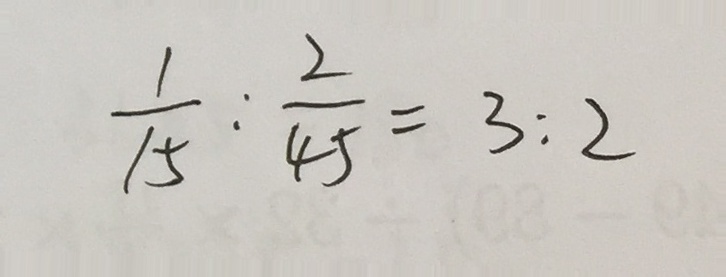
\frac { 1 } { 1 5 } : \frac { 2 } { 4 5 } = 3 : 2